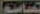
صاميم